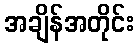
အချိန်အတိုင်း